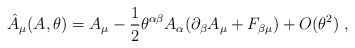
\begin{align*}\hat{A}_{\mu}(A, \theta)=A_{\mu}-\frac{1}{2}\theta^{\alpha\beta}A_{\alpha}(\partial_{\beta}A_{\mu} + F_{\beta \mu}) +O(\theta^{2}) \;,\end{align*}